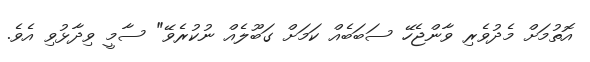
އޮތުމަށް މެދުވެރި ވާންޖެހޭ ސަބަބެއް ކަމަށް ގަބޫލެއް ނުކުރެވޭ" ސާމީ ވިދާޅުވި އެވެ.